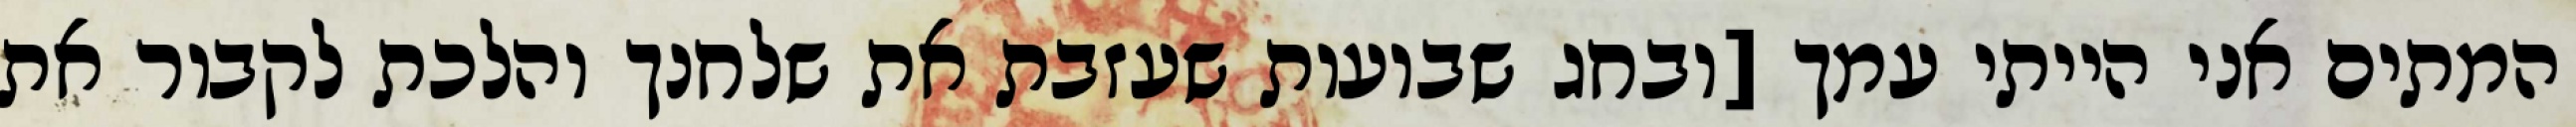
המתים אני הייתי עמך [ובחג שבועות שעזבת את שלחנך והלכת לקבור את